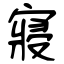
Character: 寢